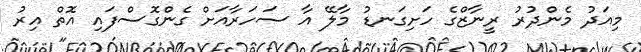
މިއަދު މެންދުރު ރީނާޒްގެ ހަށިގަނޑު މާލޭ އާ ސަހަރާއަށް ގެންގޮސްފައި އޮތް އިރު